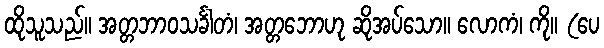
ထိုသူသည်။ အတ္တဘာဝသင်္ခါတံ၊ အတ္တဘောဟု ဆိုအပ်သော။ လောကံ၊ ကို။ (ပေ